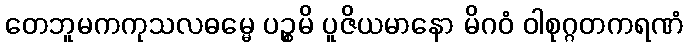
တေဘူမကကုသလဓမ္မေ ပဉ္စမိ ပူဇိယမာနော မိဂဝံ ဝါစုဂ္ဂတကရဏံ